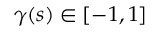
\gamma ( s ) \in [ - 1 , 1 ]